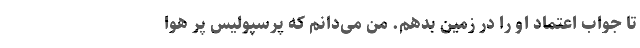
تا جواب اعتماد او را در زمین بدهم. من می‌دانم که پرسپولیس پُر هوا